Vaike-Kullamaa_(Vaikna)_vallavalitsus, lk 19
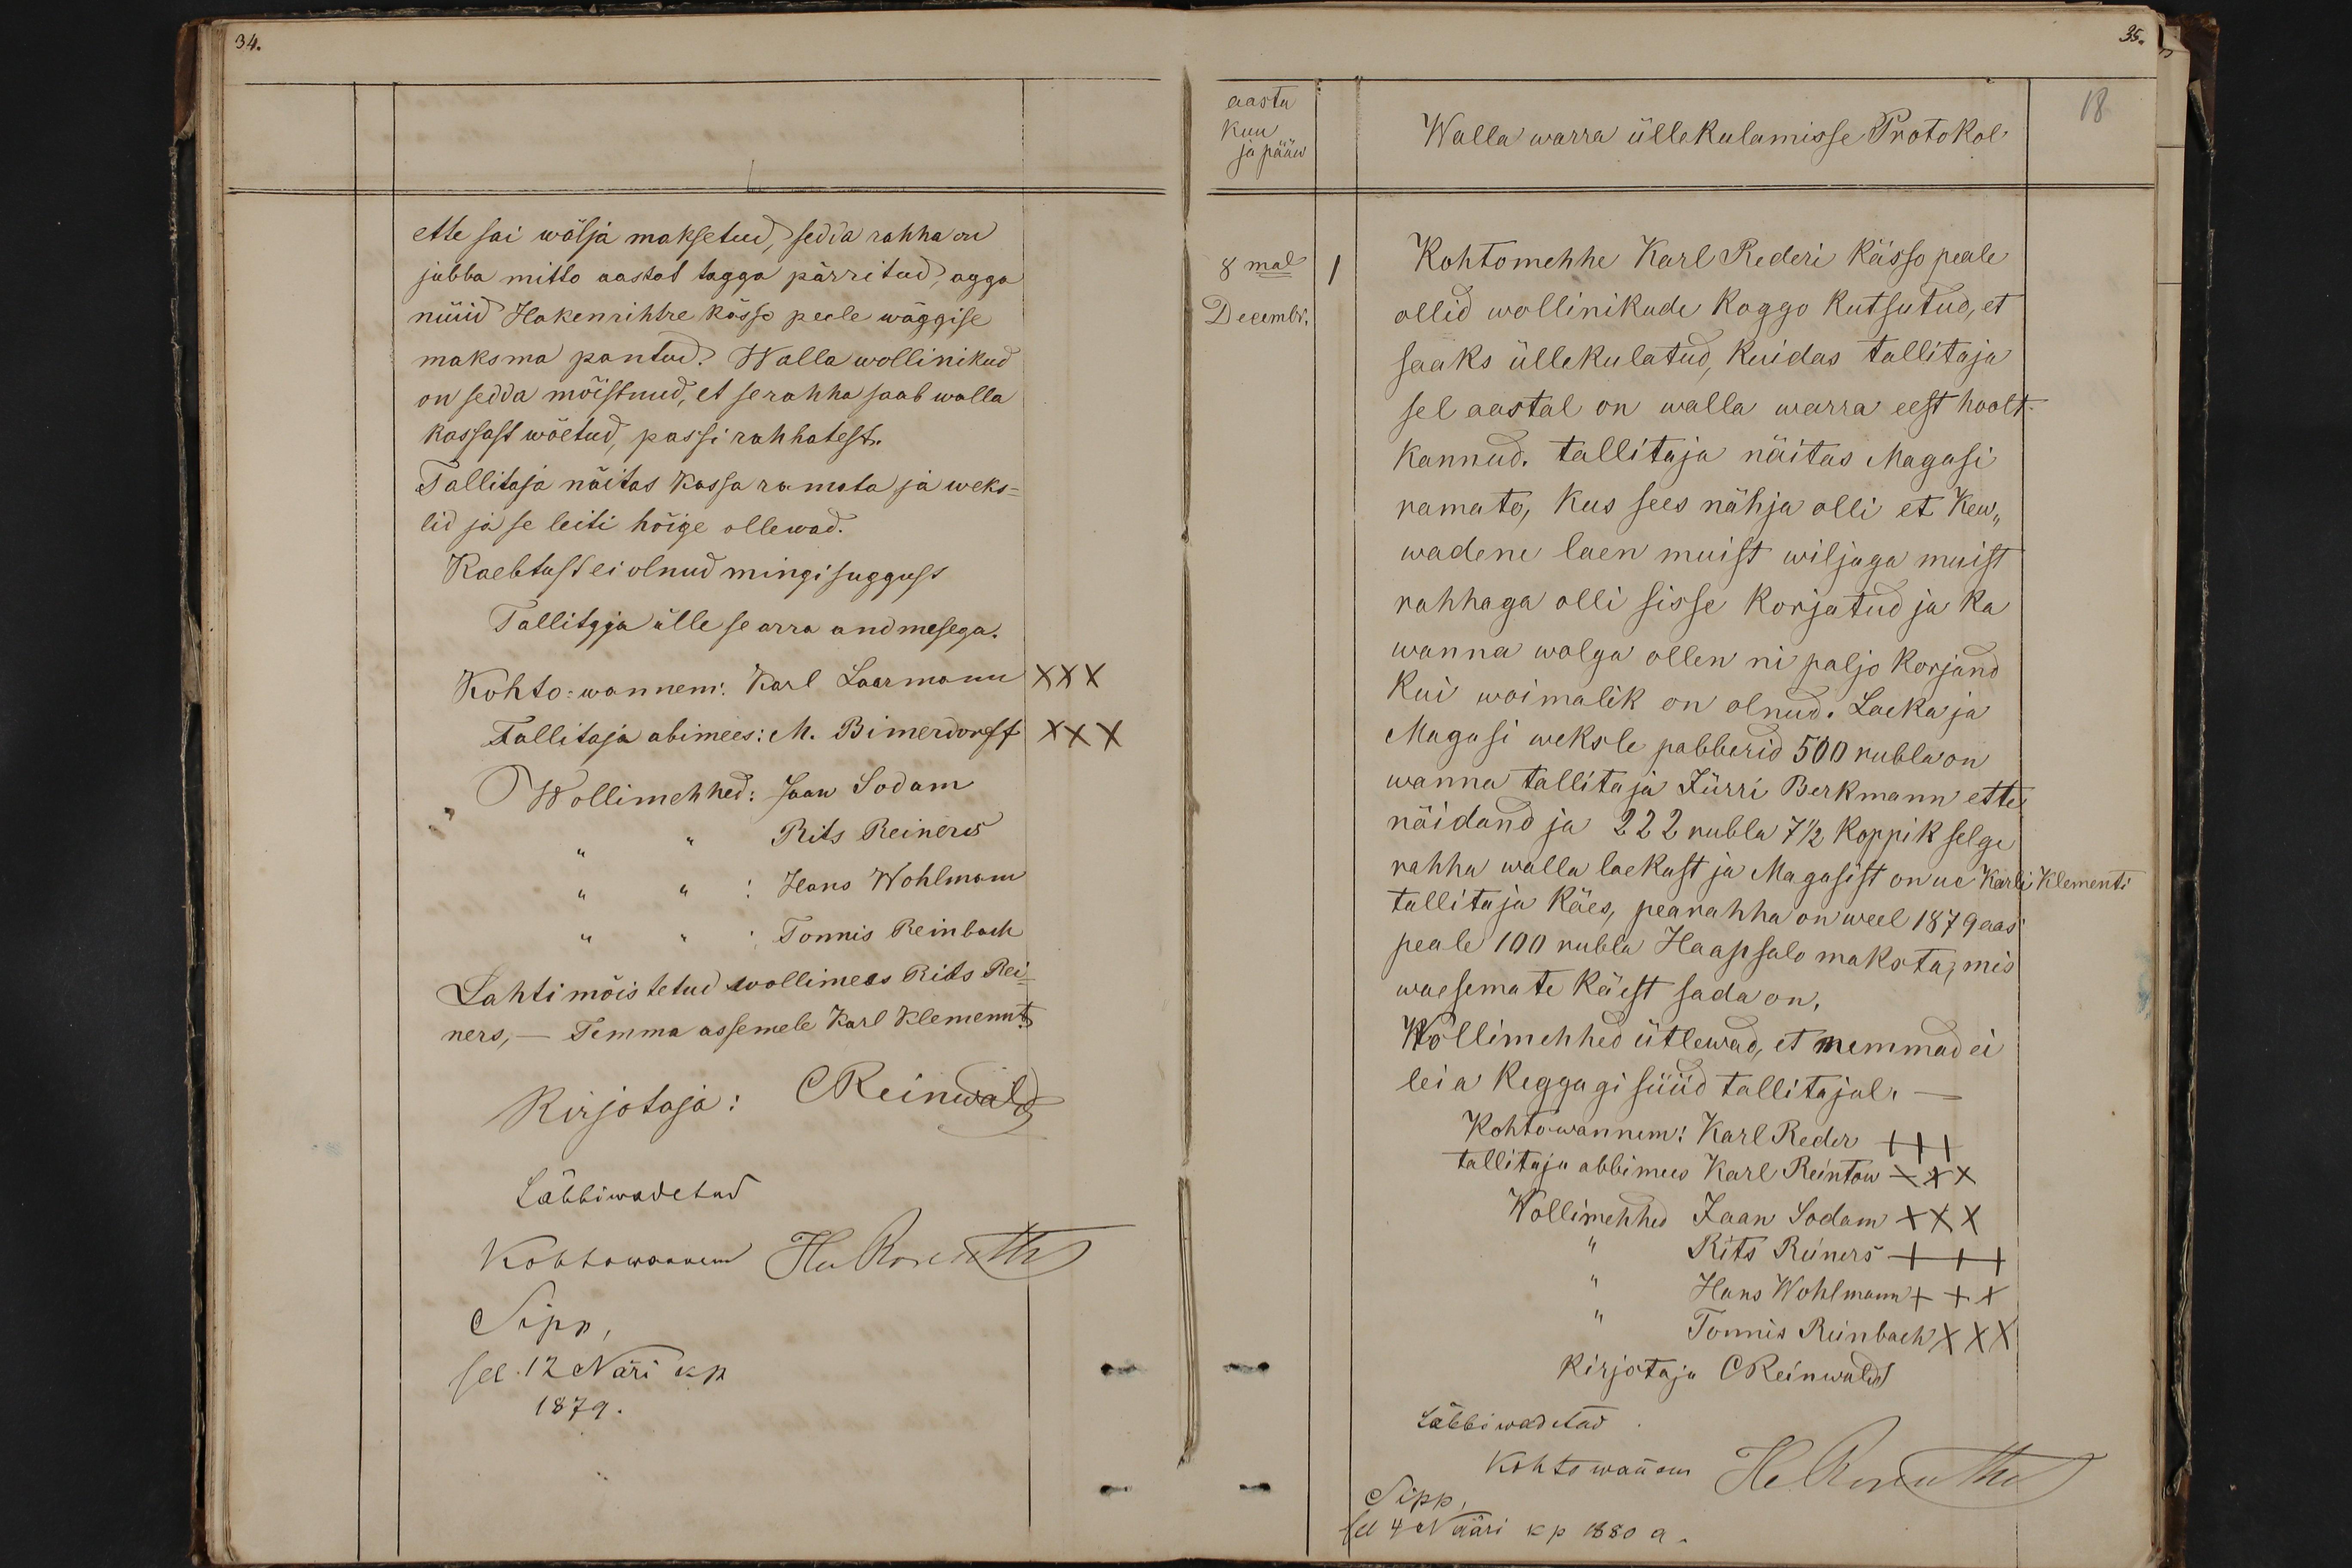
ette sai wälja maksetud, sedda rahha on
jubba mitto aastas tagga pärritud, agga
nüüd Hakenrihtre kässo peale wäggise
maksma pantud. Walla wollinikud
on sedda mõistnud, et perahha saab walla
kassast wõetud, passi rahhatest.
Tallitaja näitas kassa ramata ja weks-
lid ja se leiti hõige ollewad.
Kaebtust ei olnud mingisuggust
Tallitaja ülle se arro andmesega.
Kohto wannem: Karl Laarmann XXX
Tallitaja abimees: M. Bimrdonrff XXX
Wollimehhed: Jaan Sodam
Rits Reiners
Hans Wohlmann
Tõnnis Reinbach
Lahti mõisteitud wollimets Riits Rei-
ners, - Temma assemele Karl Klements
Kirjotaja: C Reinwald
Läbbiwadetus
Kohtawnanem Hu Kove M
Sipp
see 12 Näri kp.
1879.

aastu
18
kuu
Walla warra üllekulamisse Protokol
ja pääw
8mal
Kohtomehhe Karl Rederi Kässo peale
Decembr
ollid wollinikude Koggo kutsutud, et
saaks üllekulatud, kuidas tallitaja
sel aastal on walla warra eest hoolt.
kannud. tallitaja näitas Magasi
Ramato, kus sees nähja olli et kew,,
wadene laen muist wiljaga muist
rahhaga olli sisse korjatud ja ka
wanna wolga ollen nii paljo korjand
kui woimalik on olnud. Laeka ja
Magasi weksle pabberid 500 rubla on
wanna tallitaja Jürri Berkmann ette
näidand ja 222 rubla 7 1/2 koppik selge
rahha walla laekast ja Magasist on ue Karli Klementi
tallitaja käes, pearahha on weel 1879 aas-
peale 100 rubla Haapsalo maksta, mis
waesemate käest sada on,
Wollimehhed ütlewad, et nemmad ei
leia Keggagi süüd tallitajul.
Kohtowannem: Karl Reder +++
tallitaja abbimees Karl Reintow XXX
Wollimehhed Jaan Sodam XXX
Rits Reiners +++
Hans Wohlmann +++
Tõnnis Reinbach XXX
kirjotaja CReinwaldt
Läbbiwadetud
kohto wannem
H. Kirriko
Sipp,
sel 4 Nääri kp 1880 a.